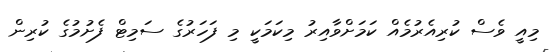
މިއީ ވެސް ކުރިއެރުމެއް ކަމަށްވާއިރު މިކަމަކީ މި ފަހަރުގެ ސަމިޓް ފެށުމުގެ ކުރިން